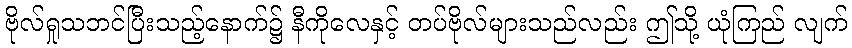
ဗိုလ်ရှုသဘင်ပြီးသည့်နောက်၌ နီကိုလေနှင့် တပ်ဗိုလ်များသည်လည်း ဤသို့ ယုံကြည် လျက်